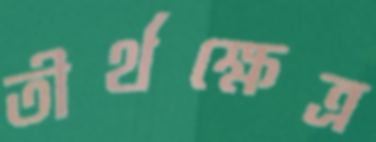
তীর্থক্ষেত্র